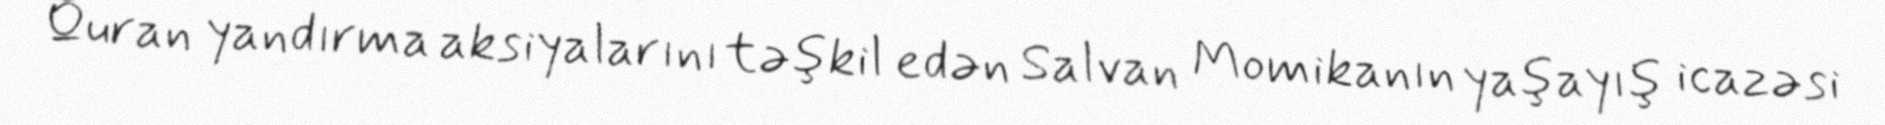
Quran yandırma aksiyalarını təşkil edən Salvan Momikanın yaşayış icazəsi